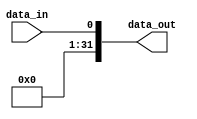
module sign_extend1_32(

    input  wire        data_in,
    output wire [31:0] data_out

);

    assign data_out = {31'b0, data_in};

endmodule